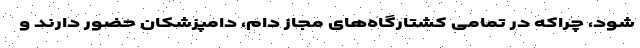
شود، چراکه در تمامی کشتارگاه‌های مجاز دام، دامپزشکان حضور دارند و